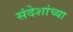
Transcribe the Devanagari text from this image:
संदेशांच्या